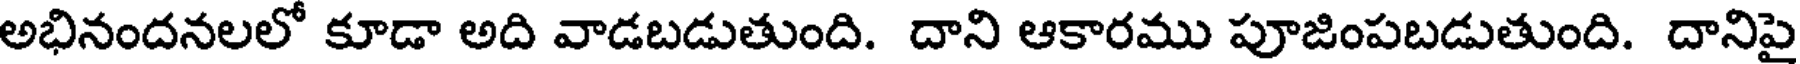
అభినందనలలో కూడా అది వాడబడుతుంది. దాని ఆకారము పూజింపబడుతుంది. దానిపై